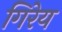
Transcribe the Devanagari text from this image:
गिरेय